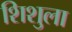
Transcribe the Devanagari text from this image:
शिशुला